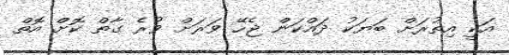
އަކީ އިތުރަށް ބަޔަކު ދައްކަން ޖެހޭ ވަރަށް ވުރެ ގާތް ކޮށް އޮތް